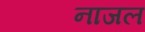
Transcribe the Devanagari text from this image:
नाजल